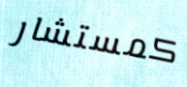
كمستشار